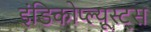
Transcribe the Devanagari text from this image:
इंडिकोप्ल्यूस्ट्स